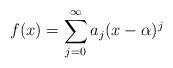
LaTeX: \begin{align*}f(x)=\sum_{j=0}^\infty a_j (x-\alpha)^j\end{align*}